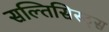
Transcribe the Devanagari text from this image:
सल्तिसिस्ट्स